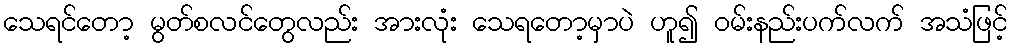
သေရင်တော့ မွတ်စလင်တွေလည်း အားလုံး သေရတော့မှာပဲ ဟူ၍ ဝမ်းနည်းပက်လက် အသံဖြင့်